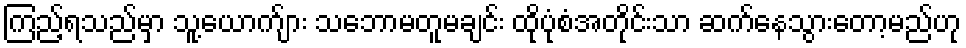
ကြည့်ရသည်မှာ သူ့ယောက်ျား သဘောမတူမချင်း ထိုပုံစံအတိုင်းသာ ဆက်နေသွားတော့မည်ဟု